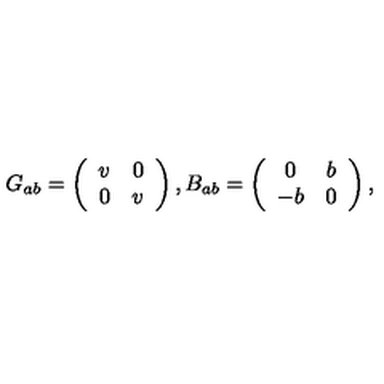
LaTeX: G _ { a b } = \left( \begin{array} { c c } { v } & { 0 } \\ { 0 } & { v } \\ \end{array} \right) , B _ { a b } = \left( \begin{array} { c c } { 0 } & { b } \\ { - b } & { 0 } \\ \end{array} \right) ,